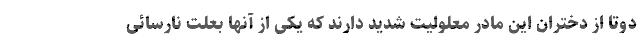
دوتا از دختران این مادر معلولیت شدید دارند که یکی از آنها بعلت نارسائی